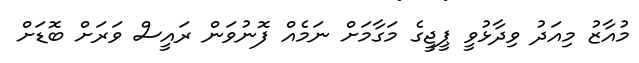
މުއާޒު މިއަދު ވިދާޅުވީ ޕީޖީގެ މަގާމަށް ނަމެއް ފޮނުވަން ރައީސް ވަރަށް ބޮޑަށް